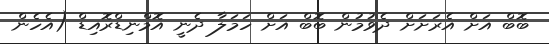
ބޮބް އަށް އެރަށަށް ދެވުމުން ބޮބް އަށް ހަމަލާ ދެނީ އޮމްނިޑްރޮއިޑް (އެހެން